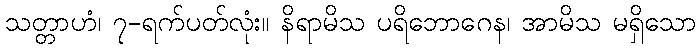
သတ္တာဟံ၊ ၇-ရက်ပတ်လုံး။ နိရာမိသ ပရိဘောဂေန၊ အာမိသ မရှိသော